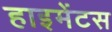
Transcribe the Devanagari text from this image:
हाइमेंटस